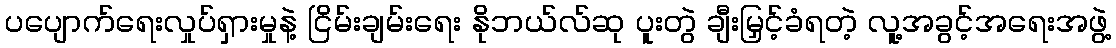
ပပျောက်ရေးလှုပ်ရှားမှုနဲ့ ငြိမ်းချမ်းရေး နိုဘယ်လ်ဆု ပူးတွဲ ချီးမြှင့်ခံရတဲ့ လူ့အခွင့်အရေးအဖွဲ့